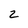
Character: 2